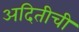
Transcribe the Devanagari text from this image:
अदितीची